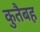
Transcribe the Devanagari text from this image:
कुतैबह